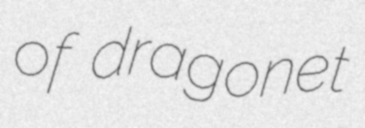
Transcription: of dragonet